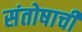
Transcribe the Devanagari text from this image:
संतोषाची